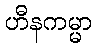
ဟီနကမ္မာ